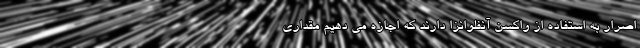
اصرار به استفاده از واکسن آنفلوانزا دارند که اجازه می دهیم مقداری